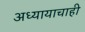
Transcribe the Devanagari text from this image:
अध्यायाचाही